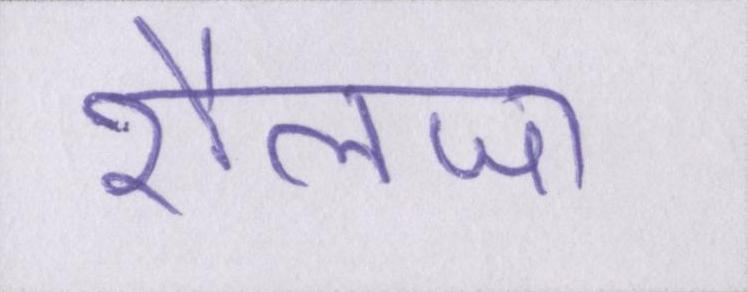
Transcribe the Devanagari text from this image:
शैलजा